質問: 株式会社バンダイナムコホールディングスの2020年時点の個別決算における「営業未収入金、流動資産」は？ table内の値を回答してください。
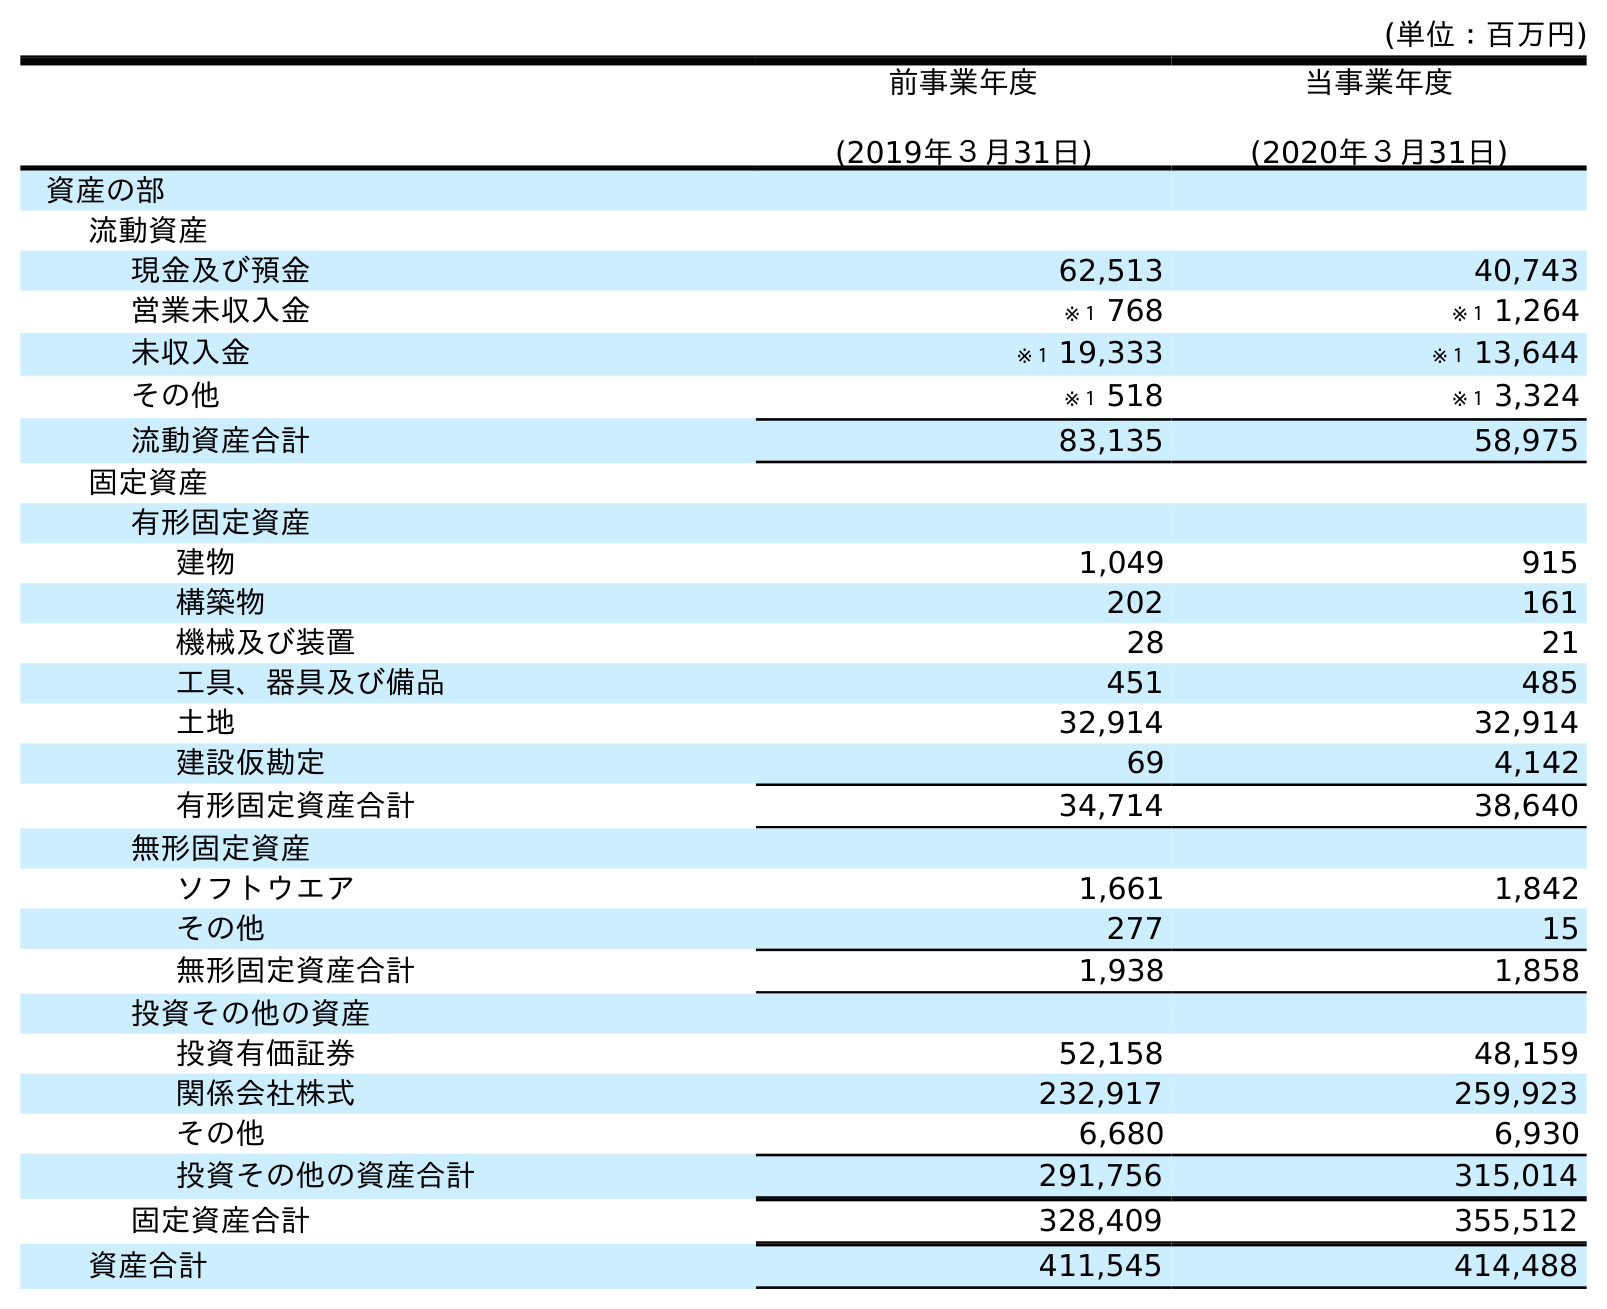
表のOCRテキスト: (単位：百万円) 前事業年度 (2019年３月31日) 当事業年度 (2020年３月31日) 資産の部 流動資産 現金及び預金 62,513 40,743 営業未収入金 ※１ 768 ※１ 1,264 未収入金 ※１ 19,333 ※１ 13,644 その他 ※１ 518 ※１ 3,324 流動資産合計 83,135 58,975 固定資産 有形固定資産 建物 1,049 915 構築物 202 161 機械及び装置 28 21 工具、器具及び備品 451 485 土地 32,914 32,914 建設仮勘定 69 4,142 有形固定資産合計 34,714 38,640 無形固定資産 ソフトウエア 1,661 1,842 その他 277 15 無形固定資産合計 1,938 1,858 投資その他の資産 投資有価証券 52,158 48,159 関係会社株式 232,917 259,923 その他 6,680 6,930 投資その他の資産合計 291,756 315,014 固定資産合計 328,409 355,512 資産合計 411,545 414,488
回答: ※１1,264